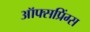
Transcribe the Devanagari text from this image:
ऑफ्सप्रिंग्स